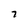
Character: 7